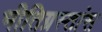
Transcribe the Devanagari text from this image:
भीतिग्रस्तांस